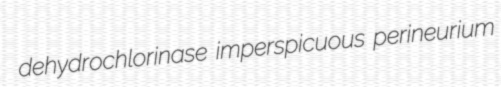
dehydrochlorinase imperspicuous perineurium